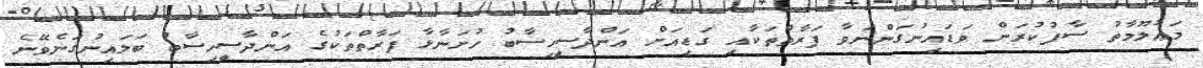
މަޢުލޫމާތު ސާފުކުރަން ވަޑައިނުގަންނަވާ ފަރާތްތަކާއި ގަޑިއަށް އަންދާސީިހިސާބު ހުށަނާޅާ ފަރާތްތަކުގެ އަންދާސީިހިސާބު ބަލައިނުގަނެވޭނެ